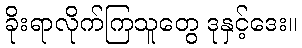
ခိုးရာလိုက်ကြသူတွေ ဒုနှင့်ဒေး။